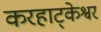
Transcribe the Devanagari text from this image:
करहाट्केश्वर